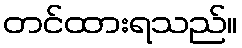
တင်ထားရသည်။